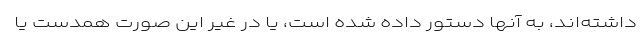
داشته‌اند، به آنها دستور داده شده است، یا در غیر این صورت همدست یا